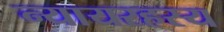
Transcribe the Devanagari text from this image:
न्यायरहस्य